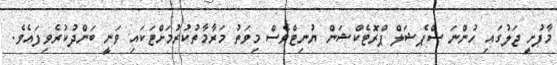
މާފުށީ ޖަލުގައި ހުންނަ ސްޕެޝަލް ޕްރޮޓެކްޝަން ޔުނިޓްވެސް މިވަތު މަރާމާތުކުރުމަށްޓަކައި ވަނީ ބަންދުކުރެވިފައެވެ.